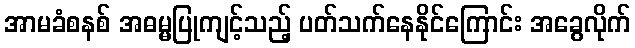
အာမခံစနစ် အဓမ္မပြုကျင့်သည့် ပတ်သက်နေနိုင်ကြောင်း အခွေလိုက်